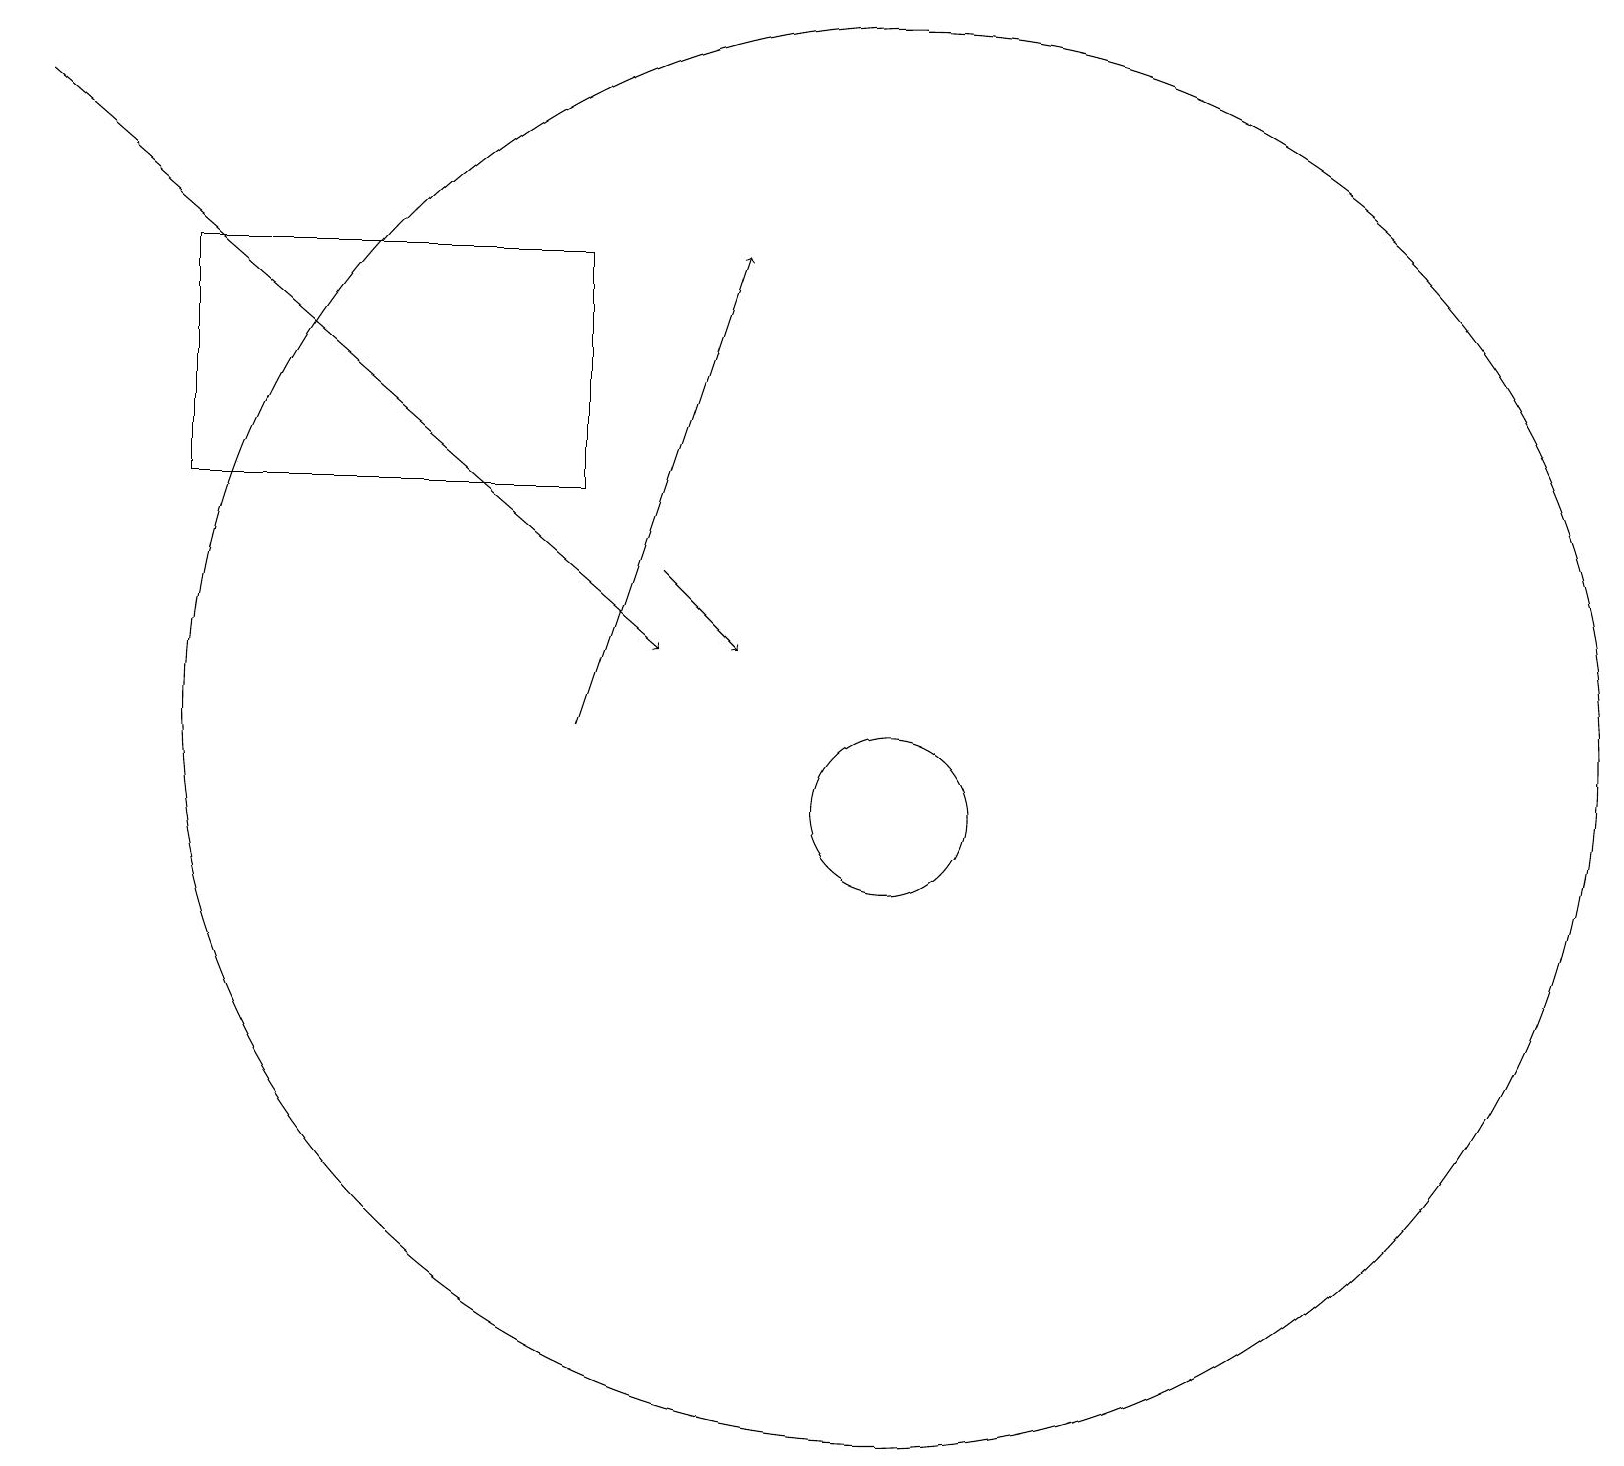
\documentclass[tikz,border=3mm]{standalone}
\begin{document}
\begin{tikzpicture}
\draw (11,11) circle (9);
\draw[->] (8,13) -- (9,12);
\draw[->] (7,11) -- (9,17);
\draw[->] (0,19) -- (8,12);
\draw (11,10) circle (1);
\draw (2,17) rectangle (7,14);
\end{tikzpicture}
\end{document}